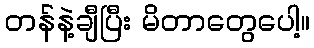
တန်နဲ့ချီပြီး မိတာတွေပေါ့။